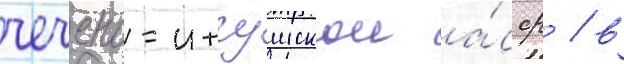
чечено-ингушскои а́сср / в